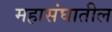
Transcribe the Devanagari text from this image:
महासंघातील